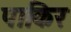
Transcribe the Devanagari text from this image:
पाकिर